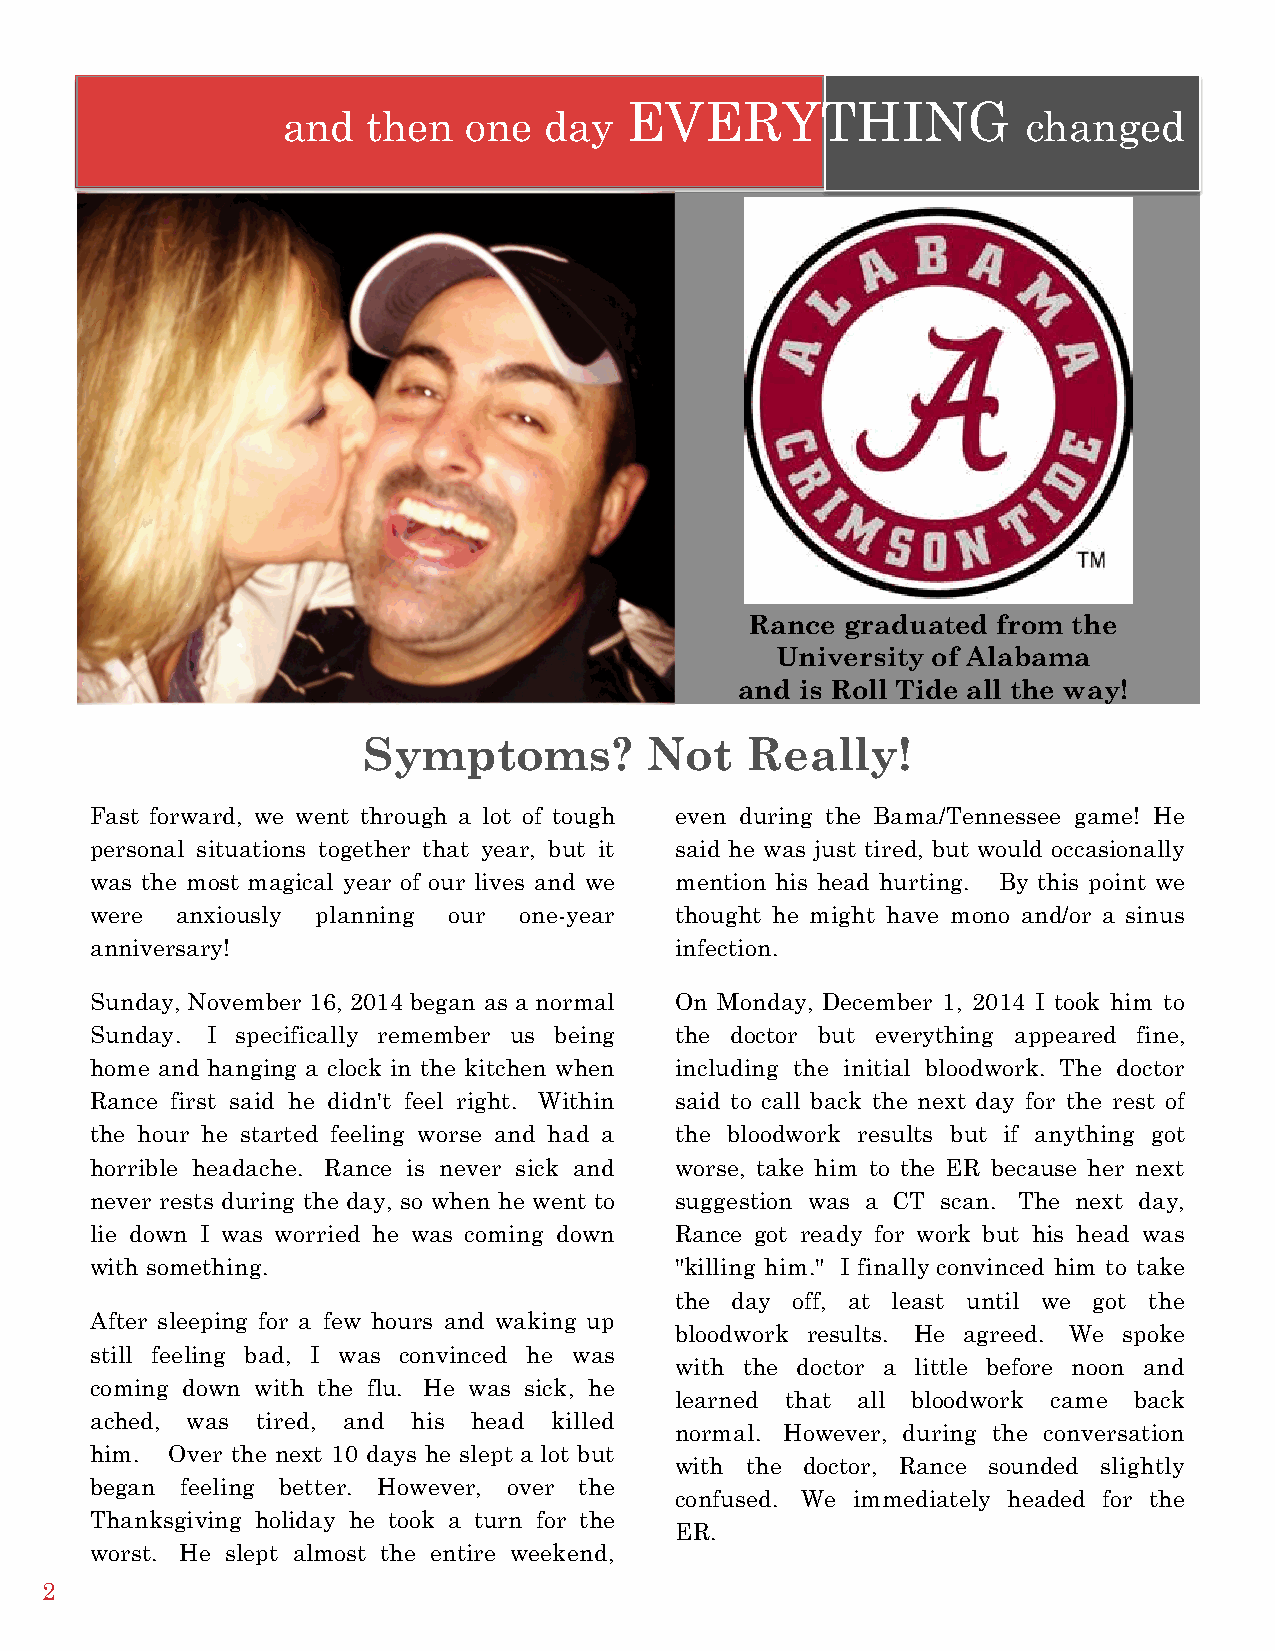
12
 EVERYTHING[               Issue] :: [Date]
 and  then   one  day                             changed
 Rance graduated from the
 University of Alabama
 and is Roll Tide all the way!
 Symptoms?          Not   Really!
 Fast forward, we went through a lot of tough even during the Bama/Tennessee game! He
 personal situations together that year, but it said he was just tired, but would occasionally
 was the most magical year of our lives and we mention his head hurting. By this point we
 were  anxiously planning our one-year  thought he might have mono and/or a sinus
 anniversary!                           infection.
 Sunday, November 16, 2014 began as a normal On Monday, December 1, 2014 I took him to
 Sunday. I specifically remember us being the doctor but everything appeared fine,
 home and hanging a clock in the kitchen when including the initial bloodwork. The doctor
 Rance first said he didn't feel right. Within said to call back the next day for the rest of
 the hour he started feeling worse and had a the bloodwork results but if anything got
 horrible headache. Rance is never sick and worse, take him to the ER because her next
 never rests during the day, so when he went to suggestion was a CT scan. The next day,
 lie down I was worried he was coming down Rance got ready for work but his head was
 with something.                        "killing him." I finally convinced him to take
 the day off, at least until we got the
 After sleeping for a few hours and waking up
 bloodwork results. He agreed. We spoke
 still feeling bad, I was convinced he was
 with the doctor a little before noon and
 coming down with the flu. He was sick, he
 learned that all bloodwork came back
 ached, was tired, and his head killed
 normal. However, during the conversation
 him. Over the next 10 days he slept a lot but
 with the doctor, Rance sounded slightly
 began feeling better. However, over the
 confused. We immediately headed for the
 Thanksgiving holiday he took a turn for the
 ER.
 worst. He slept almost the entire weekend,
 2